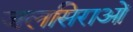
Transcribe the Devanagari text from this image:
जलसिराओं